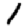
Digit: 1